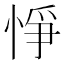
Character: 𢛵